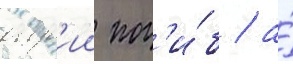
абр'ии пог'и́б / а́